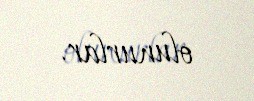
olunurlar.